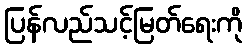
ပြန်လည်သင့်မြတ်ရေးကို